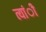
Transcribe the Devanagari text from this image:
त्यांी